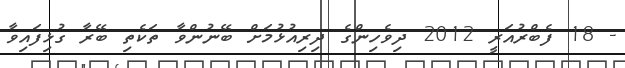
- 18 ފެބްރުއަރީ 2012 ދިވެހިންގެ ދިރިއުޅުމަށް ބޭނުންވާ ތަކެތި ބޭރާ ގުޅިފައިވާ